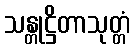
သန္တုဋ္ဌိတာသုတ္တံ